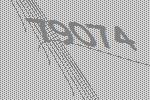
79074